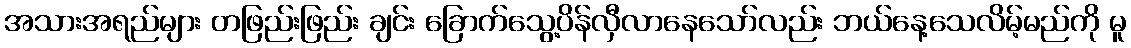
အသားအရည်များ တဖြည်းဖြည်း ချင်း ခြောက်သွေ့ပိန်လှီလာနေသော်လည်း ဘယ်နေ့သေလိမ့်မည်ကို မူ